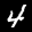
Label: 4